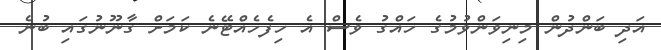
އަދި ބަންދުން މިނިވަންވުމުގެ ހައްގު ވެސް އެ ހިފެހެއްޓޭނެ ކަމަށް ގާނޫނުގައި ބުނެ